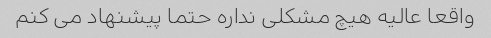
واقعا عالیه هیچ مشکلی نداره حتما پیشنهاد می کنم